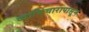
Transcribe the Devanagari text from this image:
व्याभिचारापासून